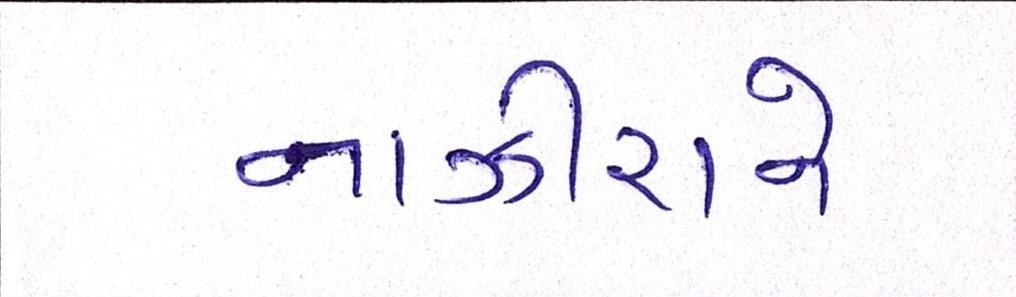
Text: નાઝીરાને